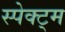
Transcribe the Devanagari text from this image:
स्पेक्ट्म